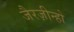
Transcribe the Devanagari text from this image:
जैरज़ीन्हो